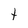
Character: Y